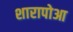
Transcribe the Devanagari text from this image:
शारापोआ